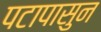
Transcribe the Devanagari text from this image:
पटापासुन